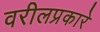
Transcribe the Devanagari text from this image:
वरीलप्रकारे